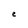
Character: e